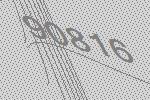
90816